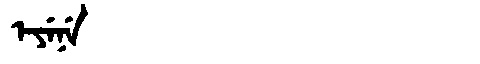
Manchu: ᡝᠶᡝᠨᡝ
Romanization: EYENE